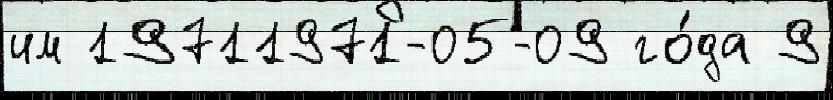
им 19711971-05-09 го́да 9